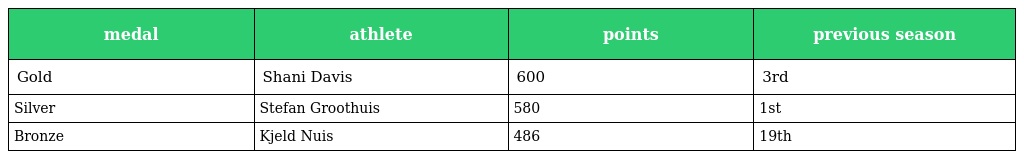
| medal | athlete | points | previous season |
 | --- | --- | --- | --- |
 | Gold | Shani Davis | 600 | 3rd |
 | Silver | Stefan Groothuis | 580 | 1st |
 | Bronze | Kjeld Nuis | 486 | 19th |